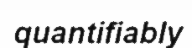
quantifiably